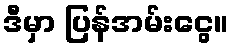
ဒီမှာ ပြန်အမ်းငွေ။